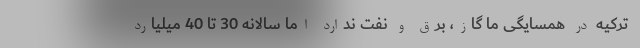
ترکیه در همسایگی ما گاز، برق و نفت ندارد اما سالانه 30 تا 40 میلیارد